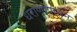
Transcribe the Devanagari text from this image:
धराणापासून